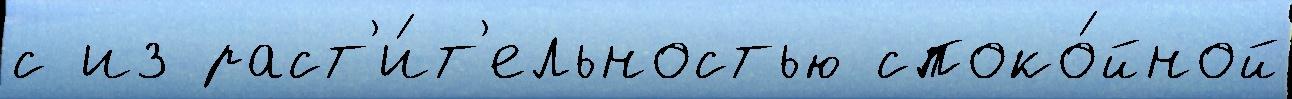
с из раст'и́т'ельностью споко́йной